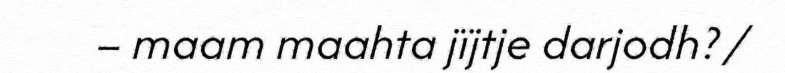
– maam maahta jïjtje darjodh? /